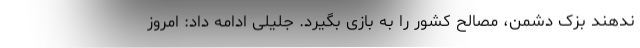
ندهند بزک دشمن، مصالح کشور را به بازی بگیرد. جلیلی ادامه داد: امروز